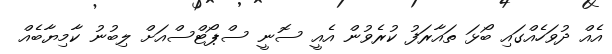
އެއް ދުވަހެއްގައި ބޯޅަ ތައާރަފު ކުރެވުން އެއީ ސޮނީ ސްޕޯޓްސްއަށް ލިބުނު ކާމިޔާބެއް